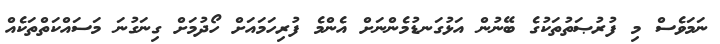
ނަމަވެސް މި ފުރުޞަތުތަކުގެ ބޭނުން އަޅުގަނޑުމެންނަށް އެންމެ ފުރިހަމައަށް ހޯދުމަށް ގިނަގުނަ މަސައްކަތްތަކެއް